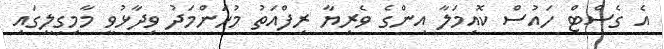
އެ ގެސްޓް ހައުސް ކޮއިމަލާ އިންގެ ވެރިޔާ ރިފްއަތު މުހަންމަދު ވިދާޅުވީ މާމިގިލީގައި